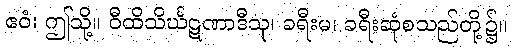
ဧဝံ၊ ဤသို့။ ဝီထိသိင်္ဃဋဏာဒီသု၊ ခရီးမ၊ ခရီးဆုံစသည်တို့၌။